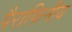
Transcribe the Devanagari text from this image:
पैराफिनीय